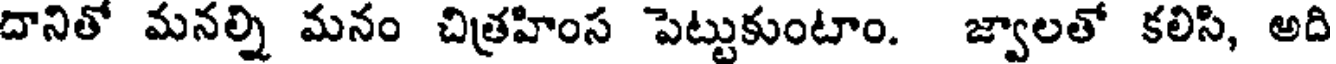
దానితో మనల్ని మనం చిత్రహింస పెట్టుకుంటాం. జ్వాలతో కలిసి, అది